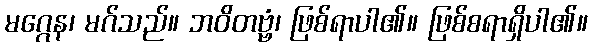
မဂ္ဂေန၊ မဂ်သည်။ ဘဝိတဗ္ဗံ၊ ဖြစ်ရာပါ၏။ ဖြစ်စရာရှိပါ၏။